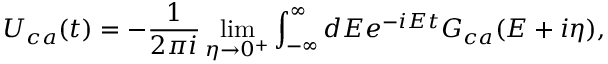
U _ { c a } ( t ) = - \frac { 1 } { 2 \pi i } \operatorname* { l i m } _ { \eta \to 0 ^ { + } } \int _ { - \infty } ^ { \infty } d E e ^ { - i E t } G _ { c a } ( E + i \eta ) ,